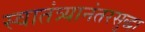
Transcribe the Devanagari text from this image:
स्वातंत्र्यानंतरसुद्धा